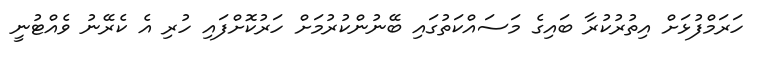
ހަރަމްފުޅަށް އިތުރުކުރާ ބައިގެ މަސައްކަތުގައި ބޭނުންކުރުމަށް ހަރުކޮށްފައި ހުރި އެ ކެރޭނު ވެއްޓުނީ